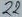
Text: 22